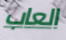
العاب